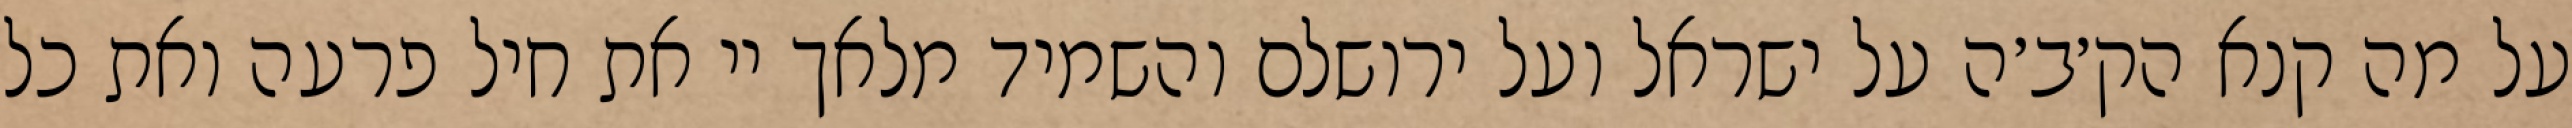
על מה קנא הק׳ב׳ה על ישראל ועל ירושלם והשמיד מלאך יי את חיל פרעה ואת כל